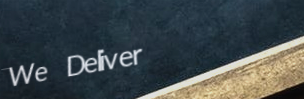
We Deliver